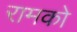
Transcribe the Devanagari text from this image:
रामको